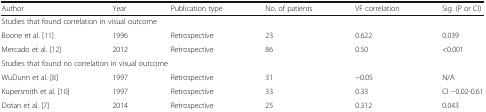
<table><thead><tr><td><b>Author</b></td><td><b>Year</b></td><td><b>Publication type</b></td><td><b>No. of patients</b></td><td><b>VF correlation</b></td><td><b>Sig. (P or CI)</b></td></tr></thead><tbody><tr><td colspan="6">Studies that found correlation in visual outcome</td></tr><tr><td>Boone et al. [11]</td><td>1996</td><td>Retrospective</td><td>23</td><td>0.622</td><td>0.039</td></tr><tr><td>Mercado et al. [12]</td><td>2012</td><td>Retrospective</td><td>86</td><td>0.50</td><td>&lt;0.001</td></tr><tr><td colspan="6">Studies that found no correlation in visual outcome</td></tr><tr><td>WuDunn et al. [8]</td><td>1997</td><td>Retrospective</td><td>31</td><td>−0.05</td><td>N/A</td></tr><tr><td>Kupersmith et al. [10]</td><td>1997</td><td>Retrospective</td><td>33</td><td>0.33</td><td>CI −0.02-0.61</td></tr><tr><td>Dotan et al. [7]</td><td>2014</td><td>Retrospective</td><td>25</td><td>0.312</td><td>0.043</td></tr></tbody></table>